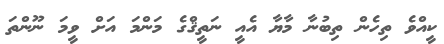
ކީއްވެ ތިހެން ތިބުނާ މާޔާ އެއީ ނަތީޤްގެ މަންމަ އަށް ވީމަ ނޫންތަ